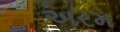
અરમ